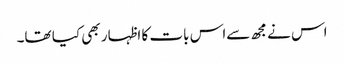
اس نے مجھ سےاس بات کا اظہار بھی کیا تھا۔